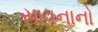
સાવનાનો